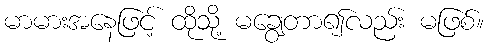
မာမားအနေဖြင့် ထိုသို့ မချွေတာ၍လည်း မဖြစ်။